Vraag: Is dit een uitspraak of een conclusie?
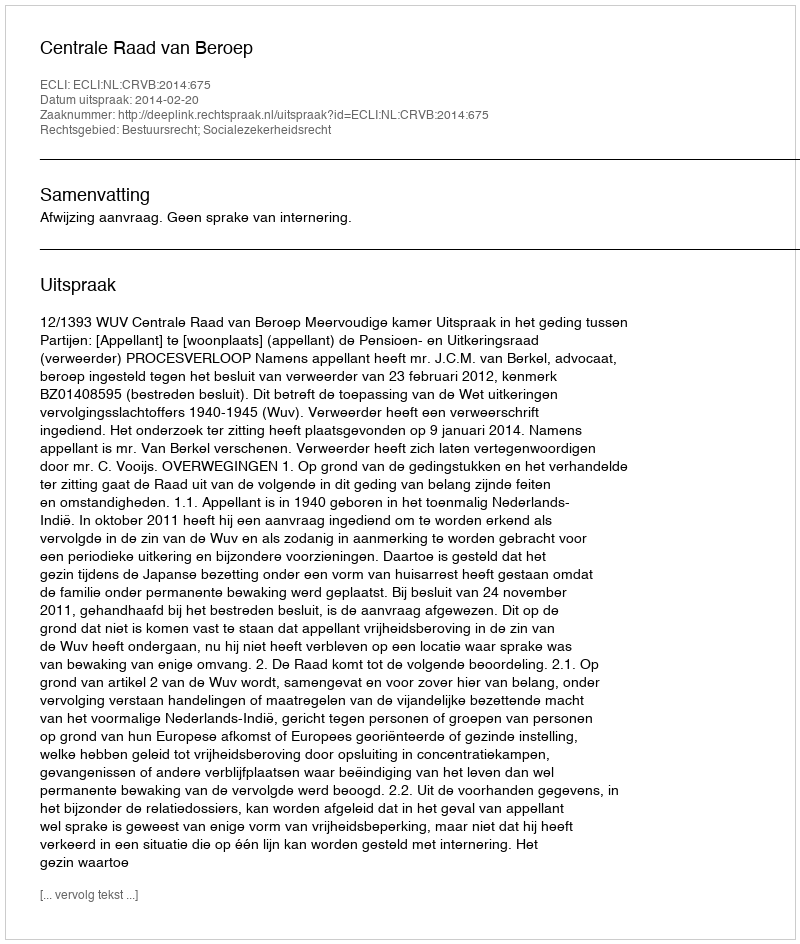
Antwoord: Uitspraak